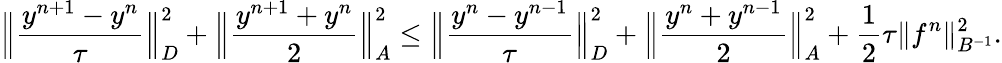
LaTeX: \Big\| \frac{y^{n+1}-y^{n}}{\tau}\Big\| _{D}^{2}+\Big\| \frac{y^{n+1}+y^{n}}{2}\Big\| _{A}^{2}\leq\Big\| \frac{y^{n}-y^{n-1}}{\tau}\Big\| _{D}^{2}+\Big\| \frac{y^{n}+y^{n-1}}{2}\Big\| _{A}^{2}+\frac{1}{2}\tau\| f^{n}\| _{B^{-1}}^{2}.